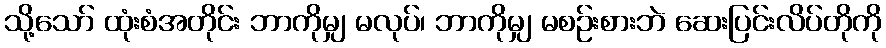
သို့သော် ထုံးစံအတိုင်း ဘာကိုမျှ မလုပ်၊ ဘာကိုမျှ မစဉ်းစားဘဲ ဆေးပြင်းလိပ်တိုကို